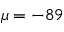
\mu = - 8 9